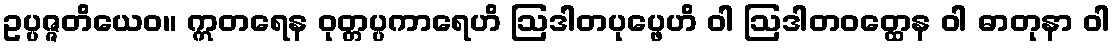
ဥပ္ပဇ္ဇတိယေဝ။ ဣတရေန ဝုတ္တပ္ပကာရေဟိ ဩဒါတပုပ္ဖေဟိ ဝါ ဩဒါတဝတ္ထေန ဝါ ဓာတုနာ ဝါ